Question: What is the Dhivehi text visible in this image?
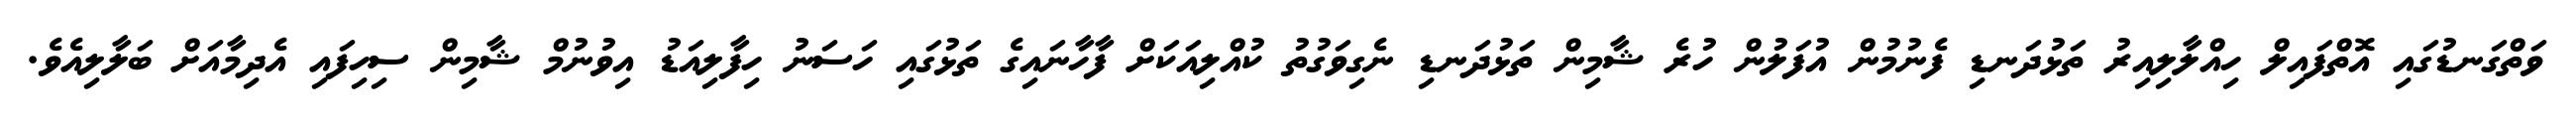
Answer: ވަތްގަނޑުގައި އޮތްފައިލް ހިއްލާލިއިރު ތަޅުދަނޑި ފެނުމުން އުފަލުން ހުރެ ޝާމިން ތަޅުދަނޑި ނެގިވަގުތު ކުއްލިއަކަށް ފާހާނައިގެ ތަޅުގައި ހަސަނު ހިފާލިއަޑު އިވުނުމް ޝާމިން ސިހިފައި އެދިމާއަށް ބަލާލިއެވެ.